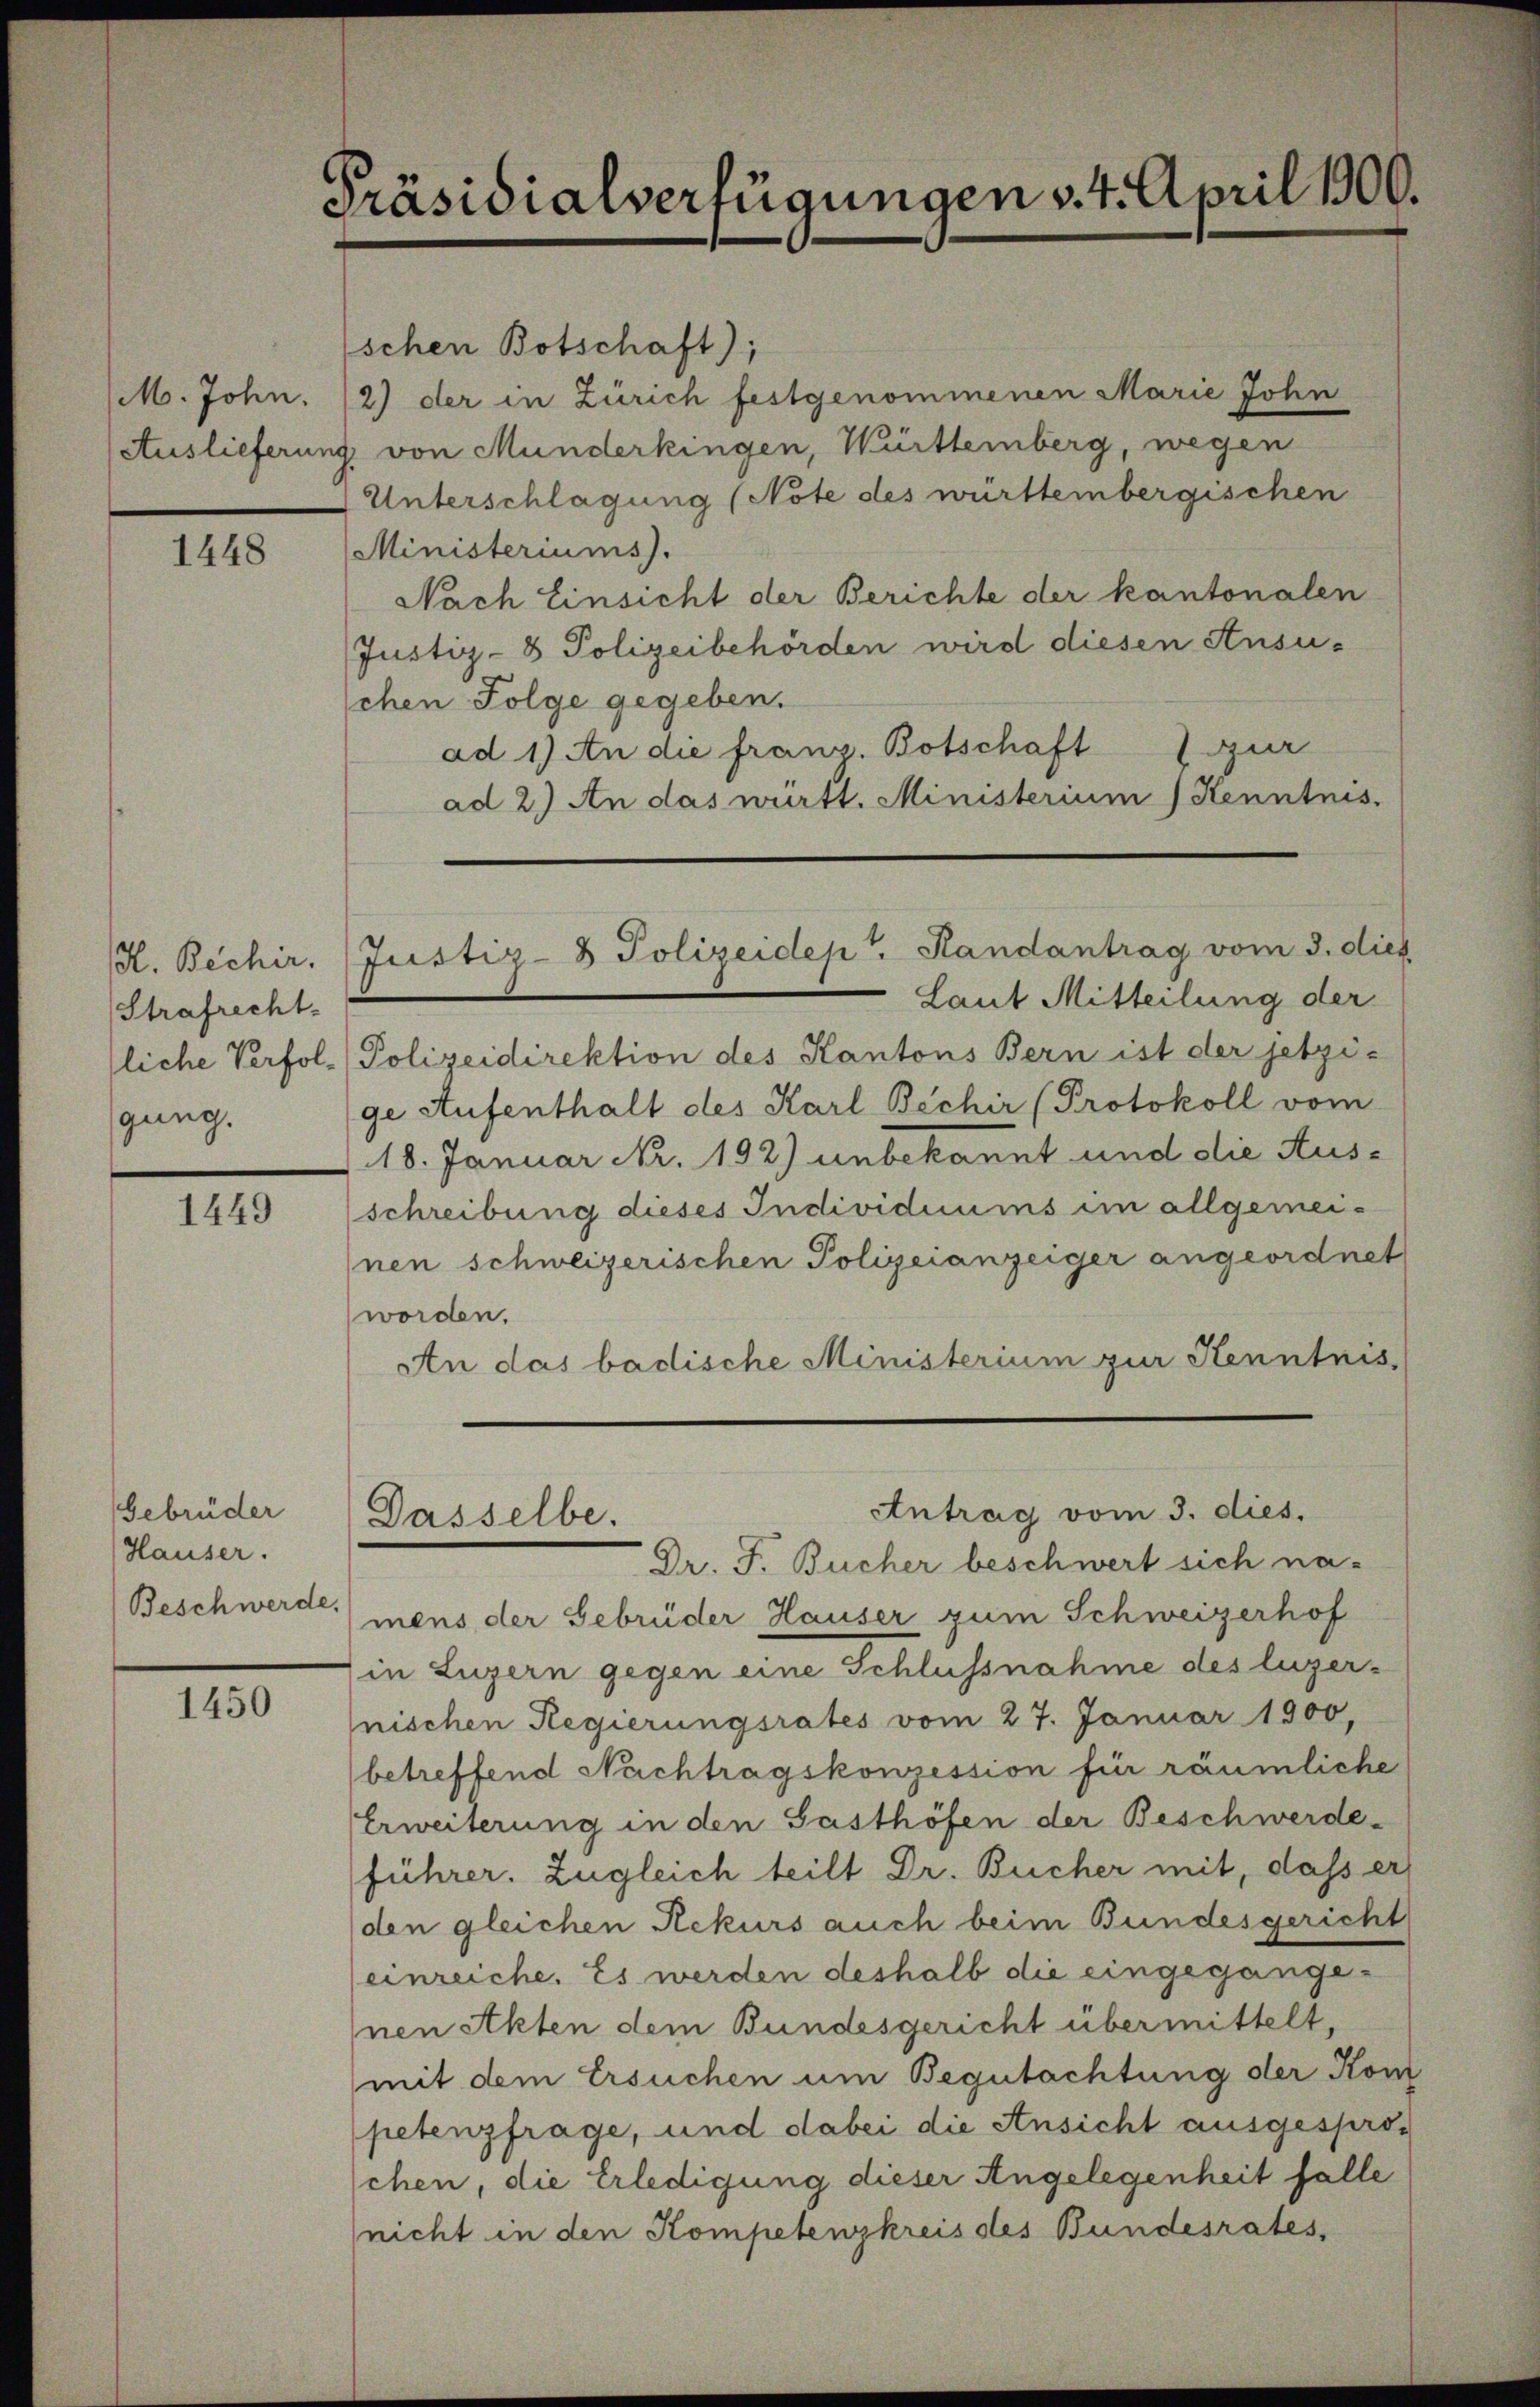
M. John.
Auslieferun

1448

H. Bechir.
Strafrecht.
tliche Verfolgung.

1449

Gebrüder
Hauser.
Beschwerde.

1450

Präsidialverfügungen v. 4. April 1900.

schen Botschaft);
2) der in Zürich festgenommenen Marie John
j. von Munderkingen, Württemberg, wegen
Unterschlagung (Note des württembergischen
Ministeriums).
Nach Einsicht der Berichte der kantonalen
Justiz-8 Polizeibehörden wird diesen Ansu-
chen Folge gegeben.
ad 1) An die franz. Botschaft zur
ad 2.) An das württ. Ministerium) Kenntnis.
Laut Mitteilung der
Polizeidirektion des Kantons Bern ist der jetzige Aufenthalt des Karl Bechir (Protokoll vom
18. Januar Nr. 192) unbekannt und die Ausschreibung dieses Individuums im allgemeinen schweizerischen Polizeianzeiger angeordnet
worden.
An das badische Ministerium zur Kenntnis,
Antrag vom 3. dies.
Dasselbe.
Dr. F. Bucher beschwert sich na-
mens der Gebrüder Hauser zum Schweizerhof
in Luzern gegen eine Schlussnahme des luzernischen Regierungsrates vom 27. Januar 1900,
betreffend Nachtragskonzession für räumliche
Erweiterung in den Gasthöfen der Beschwerde-
führer. Zugleich teilt Dr. Bucher mit, dass er
den gleichen Rekurs auch beim Bundesgericht
(einreiche. Es werden deshalb die eingegangenen Akten dem Bundesgericht übermittelt,
mit dem Ersuchen um Begutachtung der Kom
petenzfrage, und dabei die Ansicht ausgesproschen, die Erledigung dieser Angelegenheit falle
nicht in den Kompetenzkreis des Bundesrates,

Justiz- & Polizeidept. Randantrag vom 3. dies